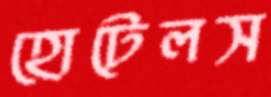
হোটেলস